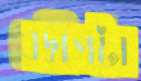
বদ্বীপটা